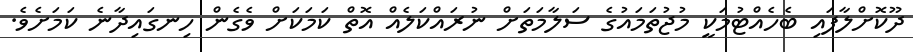
ދޫކޮށްލާފައި ބެހެއްޓުމަކީ މުޖުތަމައުގެ ސަލާމަތަށް ނުރައްކަލެއް އޮތް ކަމަކަށް ވެގެން ހިނގައިދާނެ ކަމަށެވެ.